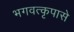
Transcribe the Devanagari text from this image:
भगवत्‍कृपासे